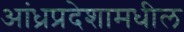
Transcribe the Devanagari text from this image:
आंध्रप्रदेशामधील